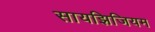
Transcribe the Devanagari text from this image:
सायझिजियम